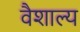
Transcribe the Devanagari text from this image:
वैशाल्य